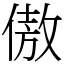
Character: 傲